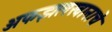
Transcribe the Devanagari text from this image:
अफझलखानाचे